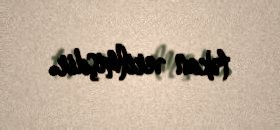
təkan verilmişdir.